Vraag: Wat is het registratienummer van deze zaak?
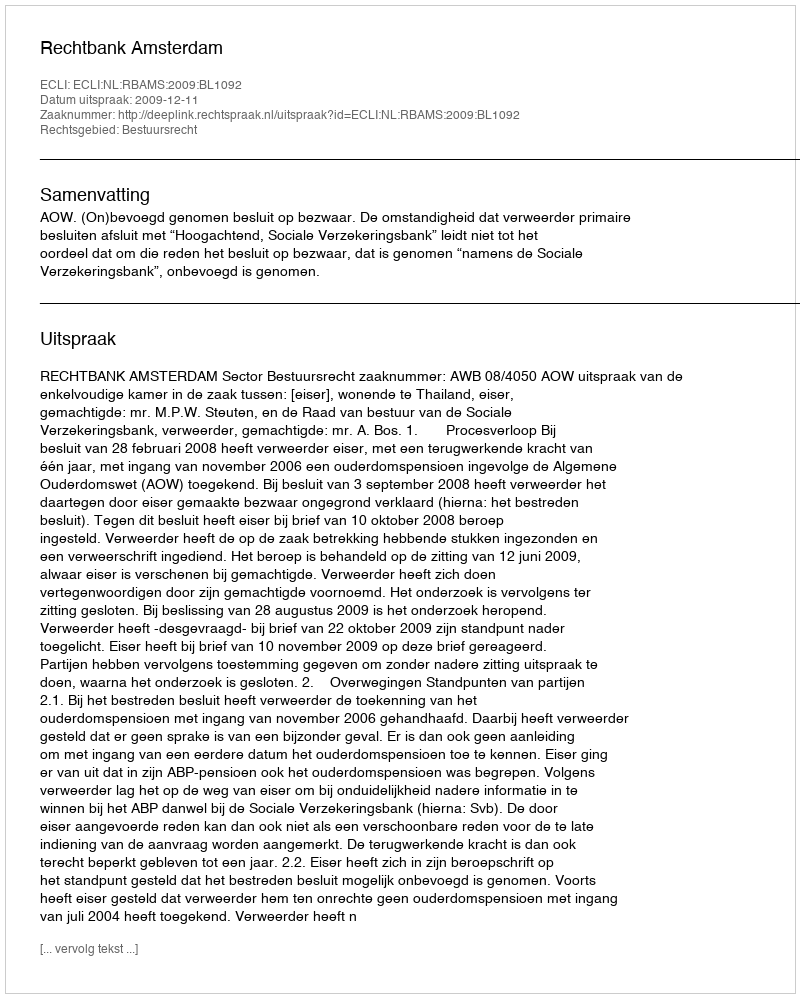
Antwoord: http://deeplink.rechtspraak.nl/uitspraak?id=ECLI:NL:RBAMS:2009:BL1092